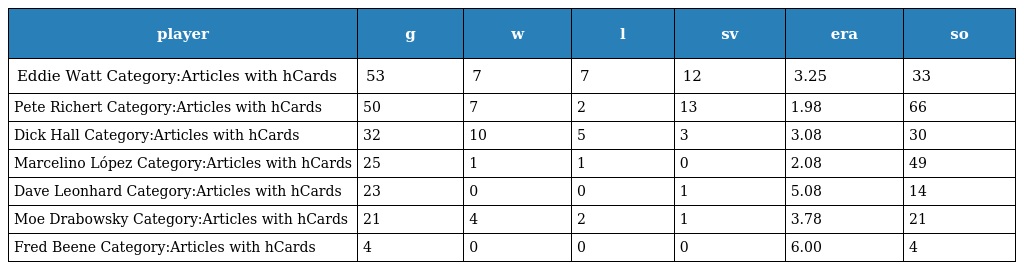
| player | g | w | l | sv | era | so |
 | --- | --- | --- | --- | --- | --- | --- |
 | Eddie Watt Category:Articles with hCards | 53 | 7 | 7 | 12 | 3.25 | 33 |
 | Pete Richert Category:Articles with hCards | 50 | 7 | 2 | 13 | 1.98 | 66 |
 | Dick Hall Category:Articles with hCards | 32 | 10 | 5 | 3 | 3.08 | 30 |
 | Marcelino López Category:Articles with hCards | 25 | 1 | 1 | 0 | 2.08 | 49 |
 | Dave Leonhard Category:Articles with hCards | 23 | 0 | 0 | 1 | 5.08 | 14 |
 | Moe Drabowsky Category:Articles with hCards | 21 | 4 | 2 | 1 | 3.78 | 21 |
 | Fred Beene Category:Articles with hCards | 4 | 0 | 0 | 0 | 6.00 | 4 |